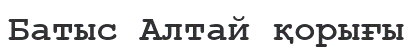
Батыс Алтай қорығы